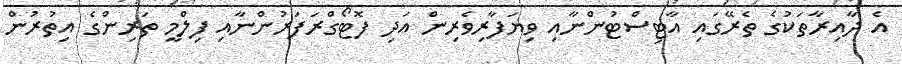
އެ ދާއިރާތަކުގެ ތެރޭގައި އާޓިސްޓުންނާއި ވިޔަފާރިވެރިން އަދި ފޮޓޯގްރަފަރުންނާއި ފިލްމީ ތަރިންގެ އިތުރުން